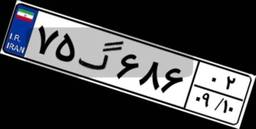
۷۵گ۶۸۶۰۲